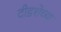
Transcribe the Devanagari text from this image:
दीडशेच्या